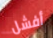
أفشل